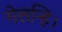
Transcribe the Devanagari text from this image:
गेलन्हि।